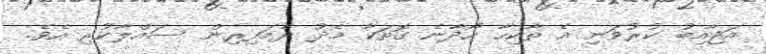
އަޖާއިބު ކުރުވަނި އެ ތާކިހާ ހޯދާނެ ގޮތަކާ މެދު ދެމަފިރިން ސައްލާކުރި އެވެ.